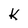
Character: k